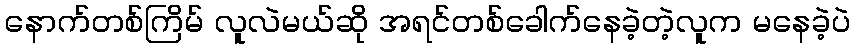
နောက်တစ်ကြိမ် လူလဲမယ်ဆို အရင်တစ်ခေါက်နေခဲ့တဲ့လူက မနေခဲ့ပဲ